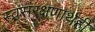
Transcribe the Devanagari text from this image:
स्वसंरक्षणार्थही